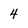
Character: 4